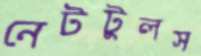
নেটটুলস